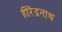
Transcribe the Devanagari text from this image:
हीरेंद्रनाथ